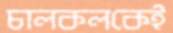
চালকলকেই